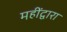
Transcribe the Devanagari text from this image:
महींद्वारा